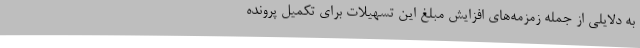
به دلایلی از جمله زمزمه‌های افزایش مبلغ این تسهیلات برای تکمیل پرونده